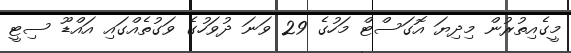
މީގެއިތުރުން މިދިޔަ އޮގަސްޓް މަހުގެ 29 ވަނަ ދުވަހުގެ ވަގުތެއްގައި އައްޑޫ ސިޓީ